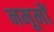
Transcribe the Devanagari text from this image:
नमूमों